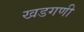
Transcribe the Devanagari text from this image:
खडगणी